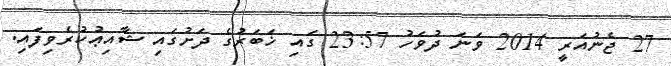
27 ޖެނުއަރީ 2014 ވަނަ ދުވަހު 23:57 ގައި ޚަބަރުގެ ދަށުގައި ޝާއިޢުކުރެވިފައި.